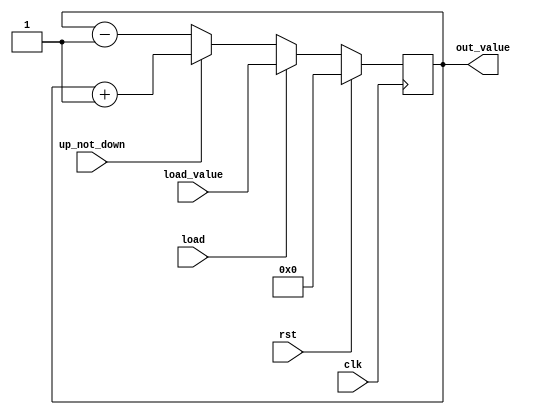
module counter(input wire clk,
					input wire rst,
					input wire load,
					input wire up_not_down,
					input wire [31:0]load_value,
					output reg [31:0]out_value);
always @(posedge clk)
begin
	if (rst == 1)
		out_value <= 32'b0;
	else if (load == 1)
		out_value = load_value;
	else if (up_not_down == 0)
		out_value <= out_value - 1'b1;
	else
		out_value <= out_value + 1'b1;
end
endmodule